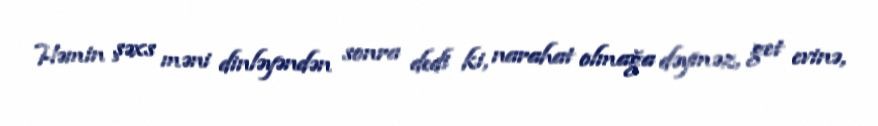
Həmin şəxs məni dinləyəndən sonra dedi ki, narahat olmağa dəyməz, get evinə,